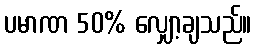
ပမာဏ 50% လျှော့ချသည်။